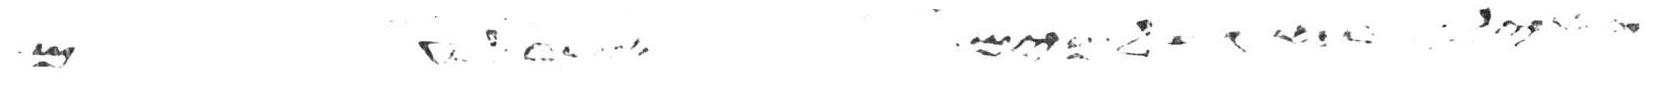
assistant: ולאיש אשר ישכב עם